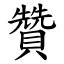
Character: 贊